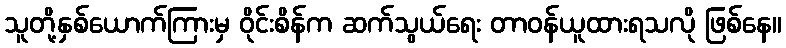
သူတို့နှစ်ယောက်ကြားမှ ဝိုင်းစိန်က ဆက်သွယ်ရေး တာဝန်ယူထားရသလို ဖြစ်နေ။